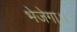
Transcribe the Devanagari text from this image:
भेजेगा।।